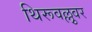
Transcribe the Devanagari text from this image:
थिरूवल्लुवर